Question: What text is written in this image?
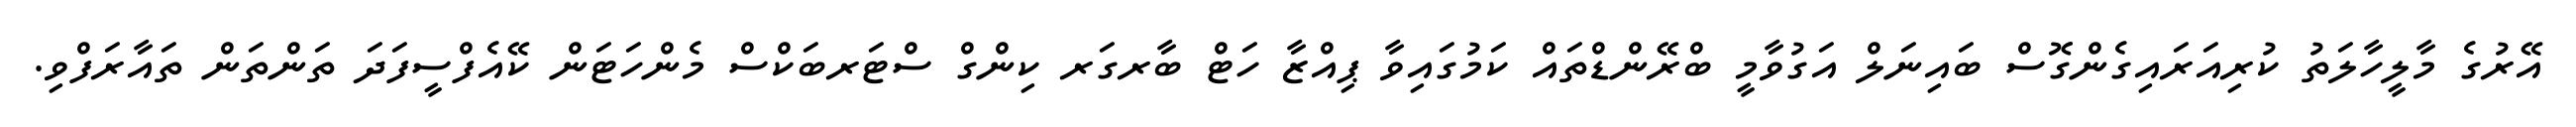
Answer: އޭރުގެ މާލީހާލަތު ކުރިއަރައިގެންގޮސް ބައިނަލް އަގުވާމީ ބްރޭންޑްތައް ކަމުގައިވާ ޕިއްޒާ ހަޓް ބާރގަރ ކިންގް ސްޓަރބަކްސް މެންހަޓަން ކޭއެފްސީފަދަ ތަންތަން ތައާރަފްވި.